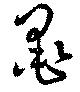
墨